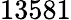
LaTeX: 13581